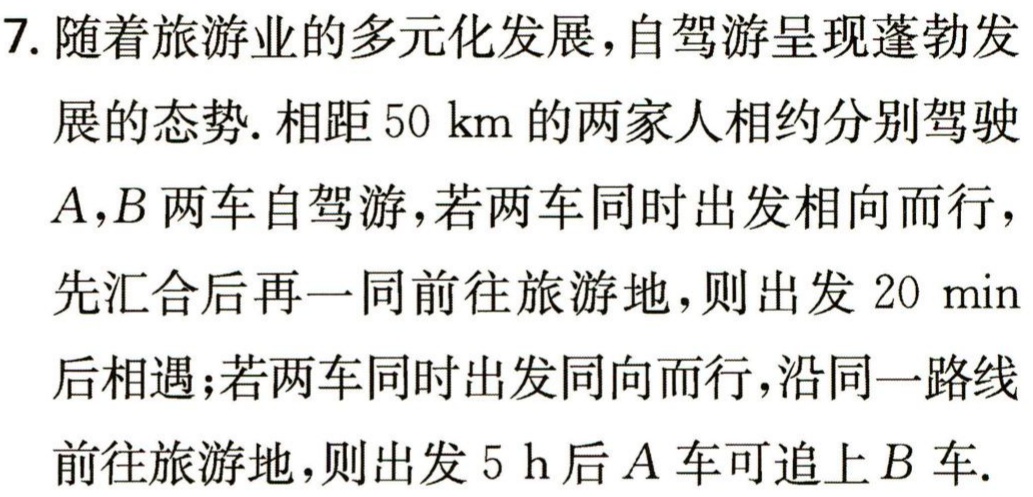
7. 随着旅游业的多元化发展，自驾游呈现蓬勃发

展的态势. 相距 \(50\mathrm{km}\) 的两家人相约分别驾驶

\(A,B\) 两车自驾游，若两车同时出发相向而行，

先汇合后再一同前往旅游地，则出发 \(20\mathrm{min}\)

后相遇；若两车同时出发同向而行，沿同一路线

前往旅游地，则出发 \(5\mathrm{h}\) 后 \(A\) 车可追上 \(B\) 车.